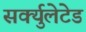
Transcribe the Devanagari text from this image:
सर्क्युलेटेड